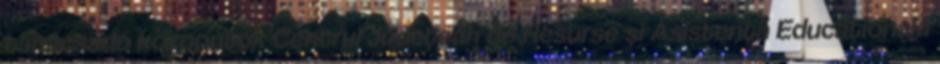
tanácsadó központok Centrul Judeţean de Resurse şi Asistenţă Educaţională